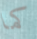
كما